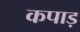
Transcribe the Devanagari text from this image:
कपाड़